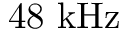
4 8 ~ \mathrm { k H z }